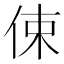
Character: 㑛